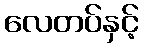
လေတပ်နှင့်